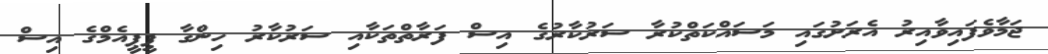
ޖަމާވެފައިވާއިރު އެރަށުގައި މަސައްކަތްކުރާ ސަރުކާރުގެ އިސް ފަރާތްތަކާއި ސަރުކާރު ހިންގާ ޕީޕީއެމްގެ އިސް